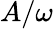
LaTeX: A/\omega